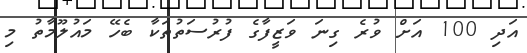
އަދި 100 އަށް ވުރެ ގިނަ ވަޒީފާގެ ފުރުސަތުތަކާ ބެހޭ މައުލޫމާތު މި